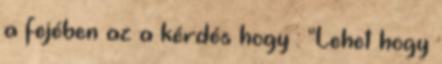
a fejében az a kérdés hogy : "Lehet hogy